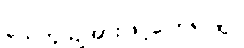
ယေဘူယျအားဖြင့်ပြောရလျှင်